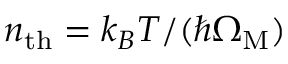
n _ { \mathrm { t h } } = k _ { B } T / ( \hbar \Omega _ { \mathrm { M } } )